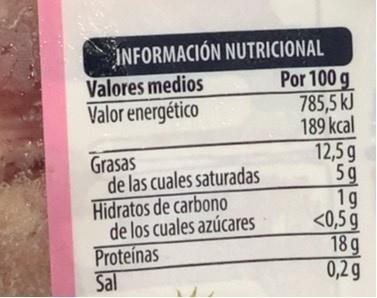
INFORMACIÓN NUTRICIONAL Por 100 g 785,5 kJ 189 kcal 12,5 g 5g 1g <0,5 g 18 g 0,2 g
Valores medios Valor energético
Grasas de las cuales saturadas Hidratos de carbono de los cuales azúcares Proteínas Sal